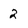
Character: 2